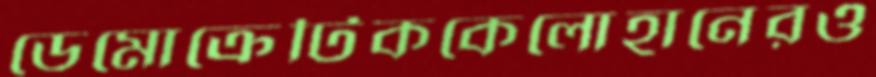
ডেমোক্রেটিককেলোহানেরও